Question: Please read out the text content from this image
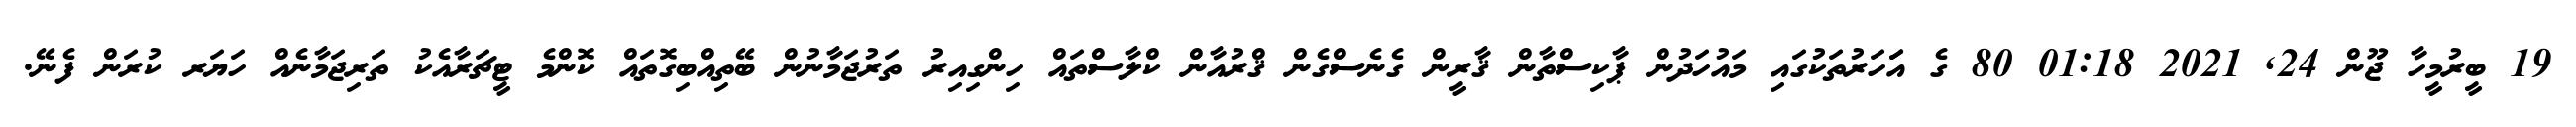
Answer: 19 ބީރުމީހާ ޖޫން 24, 2021 01:18 80 ގެ އަަހަރުތަކުގައި މައުހަދުން ޕާކިސްތާން ޤާރީން ގެނެސްގެން ޤްރުއާން ކްލާސްތައް ހިންގިއިރު ތަރުޖަމާނުން ބޭތިއްބިގޮތައް ކޮންމެ ޓީޗަރާއެކު ތަރިޖަމާނެއް ހަޔަރ ކުރަން ފެނޭ.